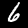
Digit: 6